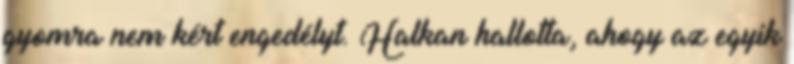
gyomra nem kért engedélyt. Halkan hallotta, ahogy az egyik